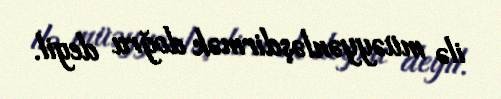
ilə müəyyənləşdirmək doğru deyil.